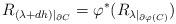
LaTeX: \begin{align*}R_{(\lambda+dh)|_{\partial C}} = \varphi^*(R_{\lambda|_{\partial \varphi(C)}})\end{align*}